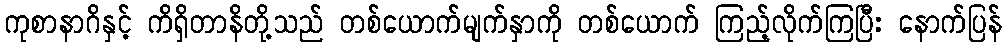
ကုစာနာဂိနှင့် ကိရှိတာနိတို့သည် တစ်ယောက်မျက်နှာကို တစ်ယောက် ကြည့်လိုက်ကြပြီး နောက်ပြန်